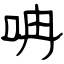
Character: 呥